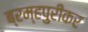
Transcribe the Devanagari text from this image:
ब्रम्हपुरीकर